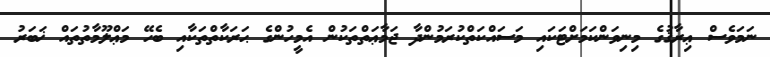
ނަމަވެސް ޢިރާޤުގެ މިނިވަންކަމަށްޓަކައި މަސައްކަތްކުރަމުންދާ ޖަމާޢަތްތަކުން އެމީހުންގެ ޙަރަކާތްތަކާއި ބެހޭ މަޢްލޫމާތުތައް ޚަބަރު